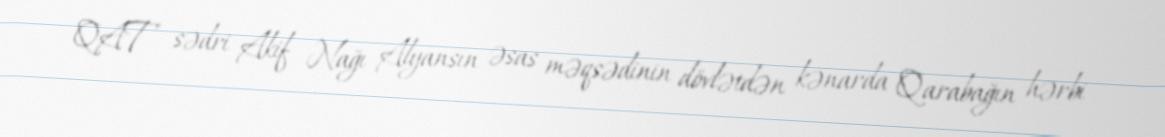
QAT sədri Akif Nağı Alyansın əsas məqsədinin dövlətdən kənarda Qarabağın hərbi